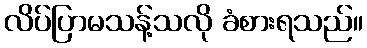
လိပ်ပြာမသန့်သလို ခံစားရသည်။